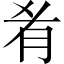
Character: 肴